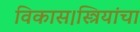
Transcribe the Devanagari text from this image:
विकास।स्त्रियांचा